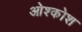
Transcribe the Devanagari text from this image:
ओश्कोश